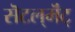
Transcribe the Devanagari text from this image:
सॆटल्‌मॆंट्